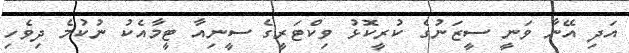
އަދި އޭނާ ވަނީ ސީޒަނުގެ ކުރީކޮޅު ވިކްޓަރީގެ ސީނިއާ ޓީމާއެކު ނުކުމެ ދިވެހި